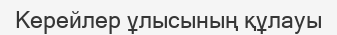
Керейлер ұлысының құлауы